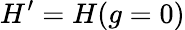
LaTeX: H^{\prime}=H(g=0)